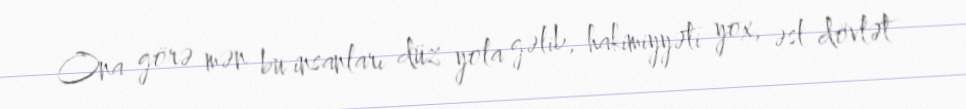
Ona görə mən bu insanları düz yola gəlib, hakimiyyəti yox, əsl dövlət